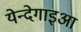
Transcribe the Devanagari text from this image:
येन्देगाइआ